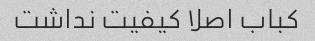
کباب اصلا کیفیت نداشت